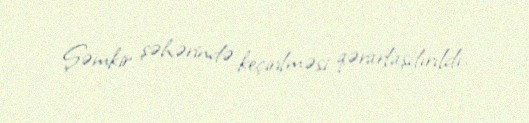
Şəmkir şəhərində keçirilməsi qərarlaşdırıldı.